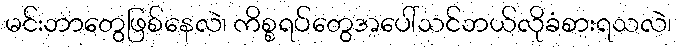
မင်းဘာတွေဖြစ်နေလဲ၊ ကိစ္စရပ်တွေအပေါ်သင်ဘယ်လိုခံစားရသလဲ၊